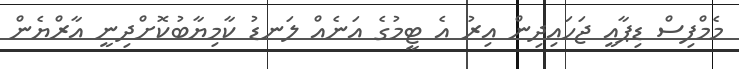
މެމްފިސް ޑިޕާއީ ޖަހައިދިން އިރު އެ ޓީމުގެ އަނެއް ލަނޑު ކާމިޔާބުކޮށްދިނީ އާރްޔެން